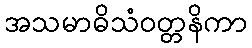
အသမာဓိသံဝတ္တနိကာ